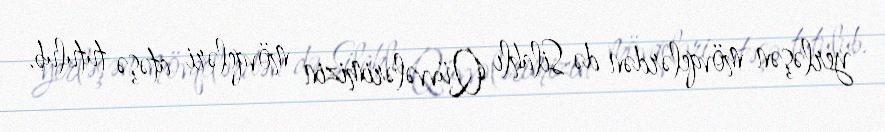
yerləşən mövqelərdən də Silahlı Qüvvələrimizin mövqeləri atəşə tutulub.